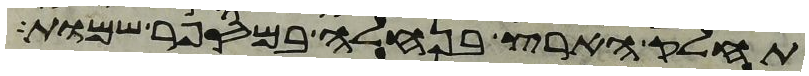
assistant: תחלק הארץ בנחלה במספר שמות